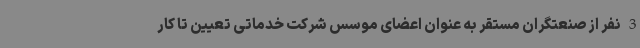
3نفر از صنعتگران مستقر به عنوان اعضای موسس شرکت خدماتی تعیین تا کار